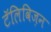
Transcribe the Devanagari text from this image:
टॅलिविज़न